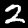
Digit: 2